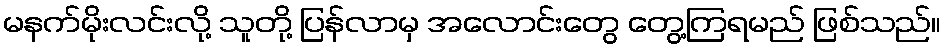
မနက်မိုးလင်းလို့ သူတို့ ပြန်လာမှ အလောင်းတွေ တွေ့ကြရမည် ဖြစ်သည်။